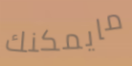
مايمكنك